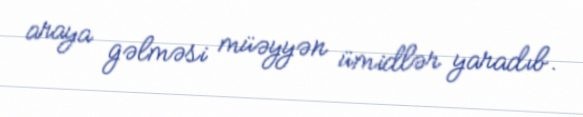
araya gəlməsi müəyyən ümidlər yaradıb.